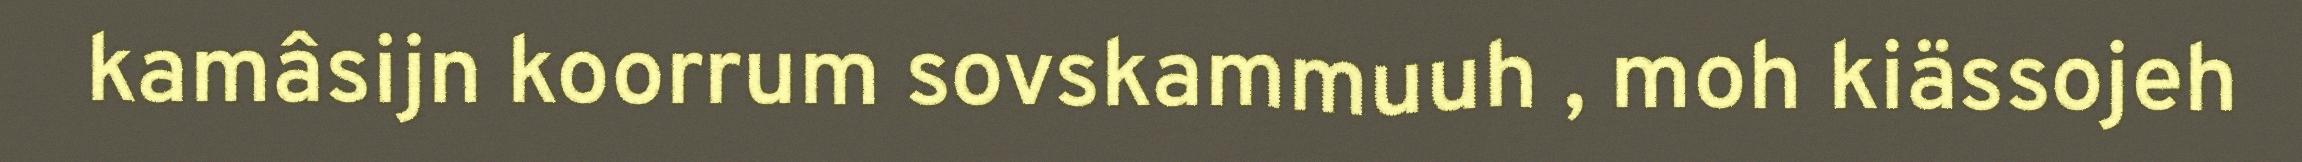
kamâsijn koorrum sovskammuuh , moh kiässojeh